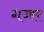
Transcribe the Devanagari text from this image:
गज्जर